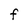
Character: F